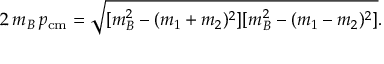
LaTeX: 2 \, m _ { B } \, p _ { \mathrm { c m } } = \sqrt { [ m _ { B } ^ { 2 } - ( m _ { 1 } + m _ { 2 } ) ^ { 2 } ] [ m _ { B } ^ { 2 } - ( m _ { 1 } - m _ { 2 } ) ^ { 2 } ] } .